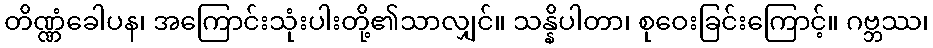
တိဏ္ဏံခေါပန၊ အကြောင်းသုံးပါးတို့၏သာလျှင်။ သန္နိပါတာ၊ စုဝေးခြင်းကြောင့်။ ဂဗ္ဘဿ၊